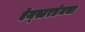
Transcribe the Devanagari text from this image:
ऍम्स्टरडॅमचा